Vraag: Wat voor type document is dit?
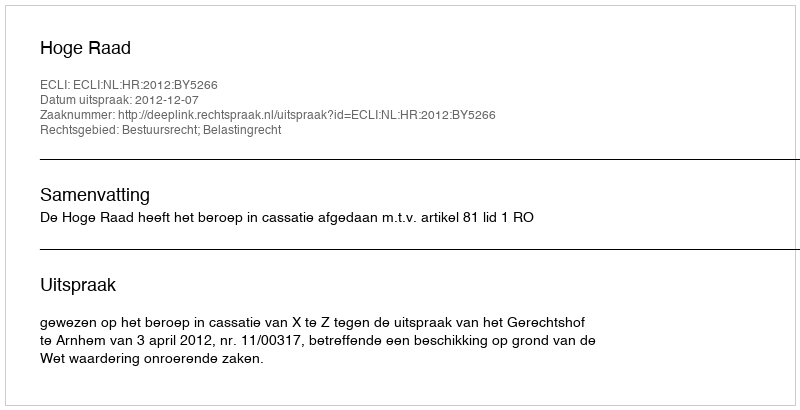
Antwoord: Uitspraak